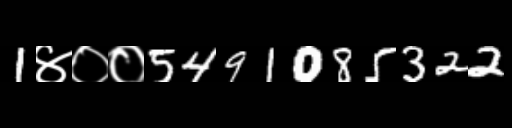
Text: 1४००5491085322